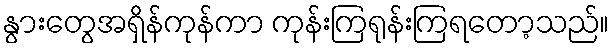
နွားတွေအရှိန်ကုန်ကာ ကုန်းကြရုန်းကြရတော့သည်။